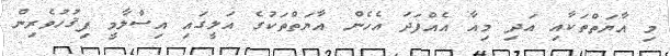
މި އާޔަތްތަކާއި އަދި މިއާ އެއްފަދަ އެހެން އާޔަތްތަކުގެ އަލީގައި އިސްލާމީ ފިޤުހުވެރިން